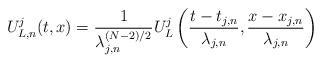
LaTeX: \begin{align*}U^j_{L,n}(t,x) = \frac{1}{\lambda_{j,n}^{(N-2)/2}} U^j_L \left ( \frac{t - t_{j,n}}{\lambda_{j,n}}, \frac{x - x_{j,n}}{\lambda_{j,n}}\right )\end{align*}